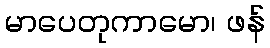
မာပေတုကာမော၊ ဖန်